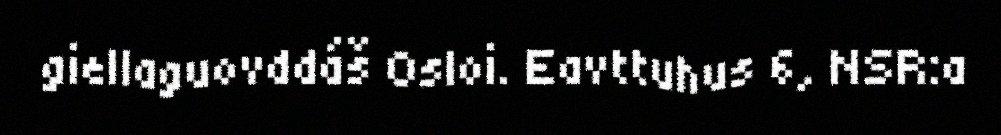
giellaguovddáš Osloi. Eavttuhus 6, NSR:a